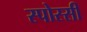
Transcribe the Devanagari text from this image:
स्पोस्सी